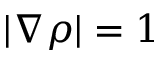
| \nabla \rho | = 1